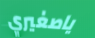
ياصغيري